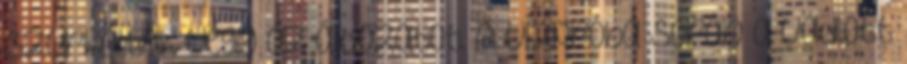
szurkálták végig az áldozatot. A vízpróba során a vádlott